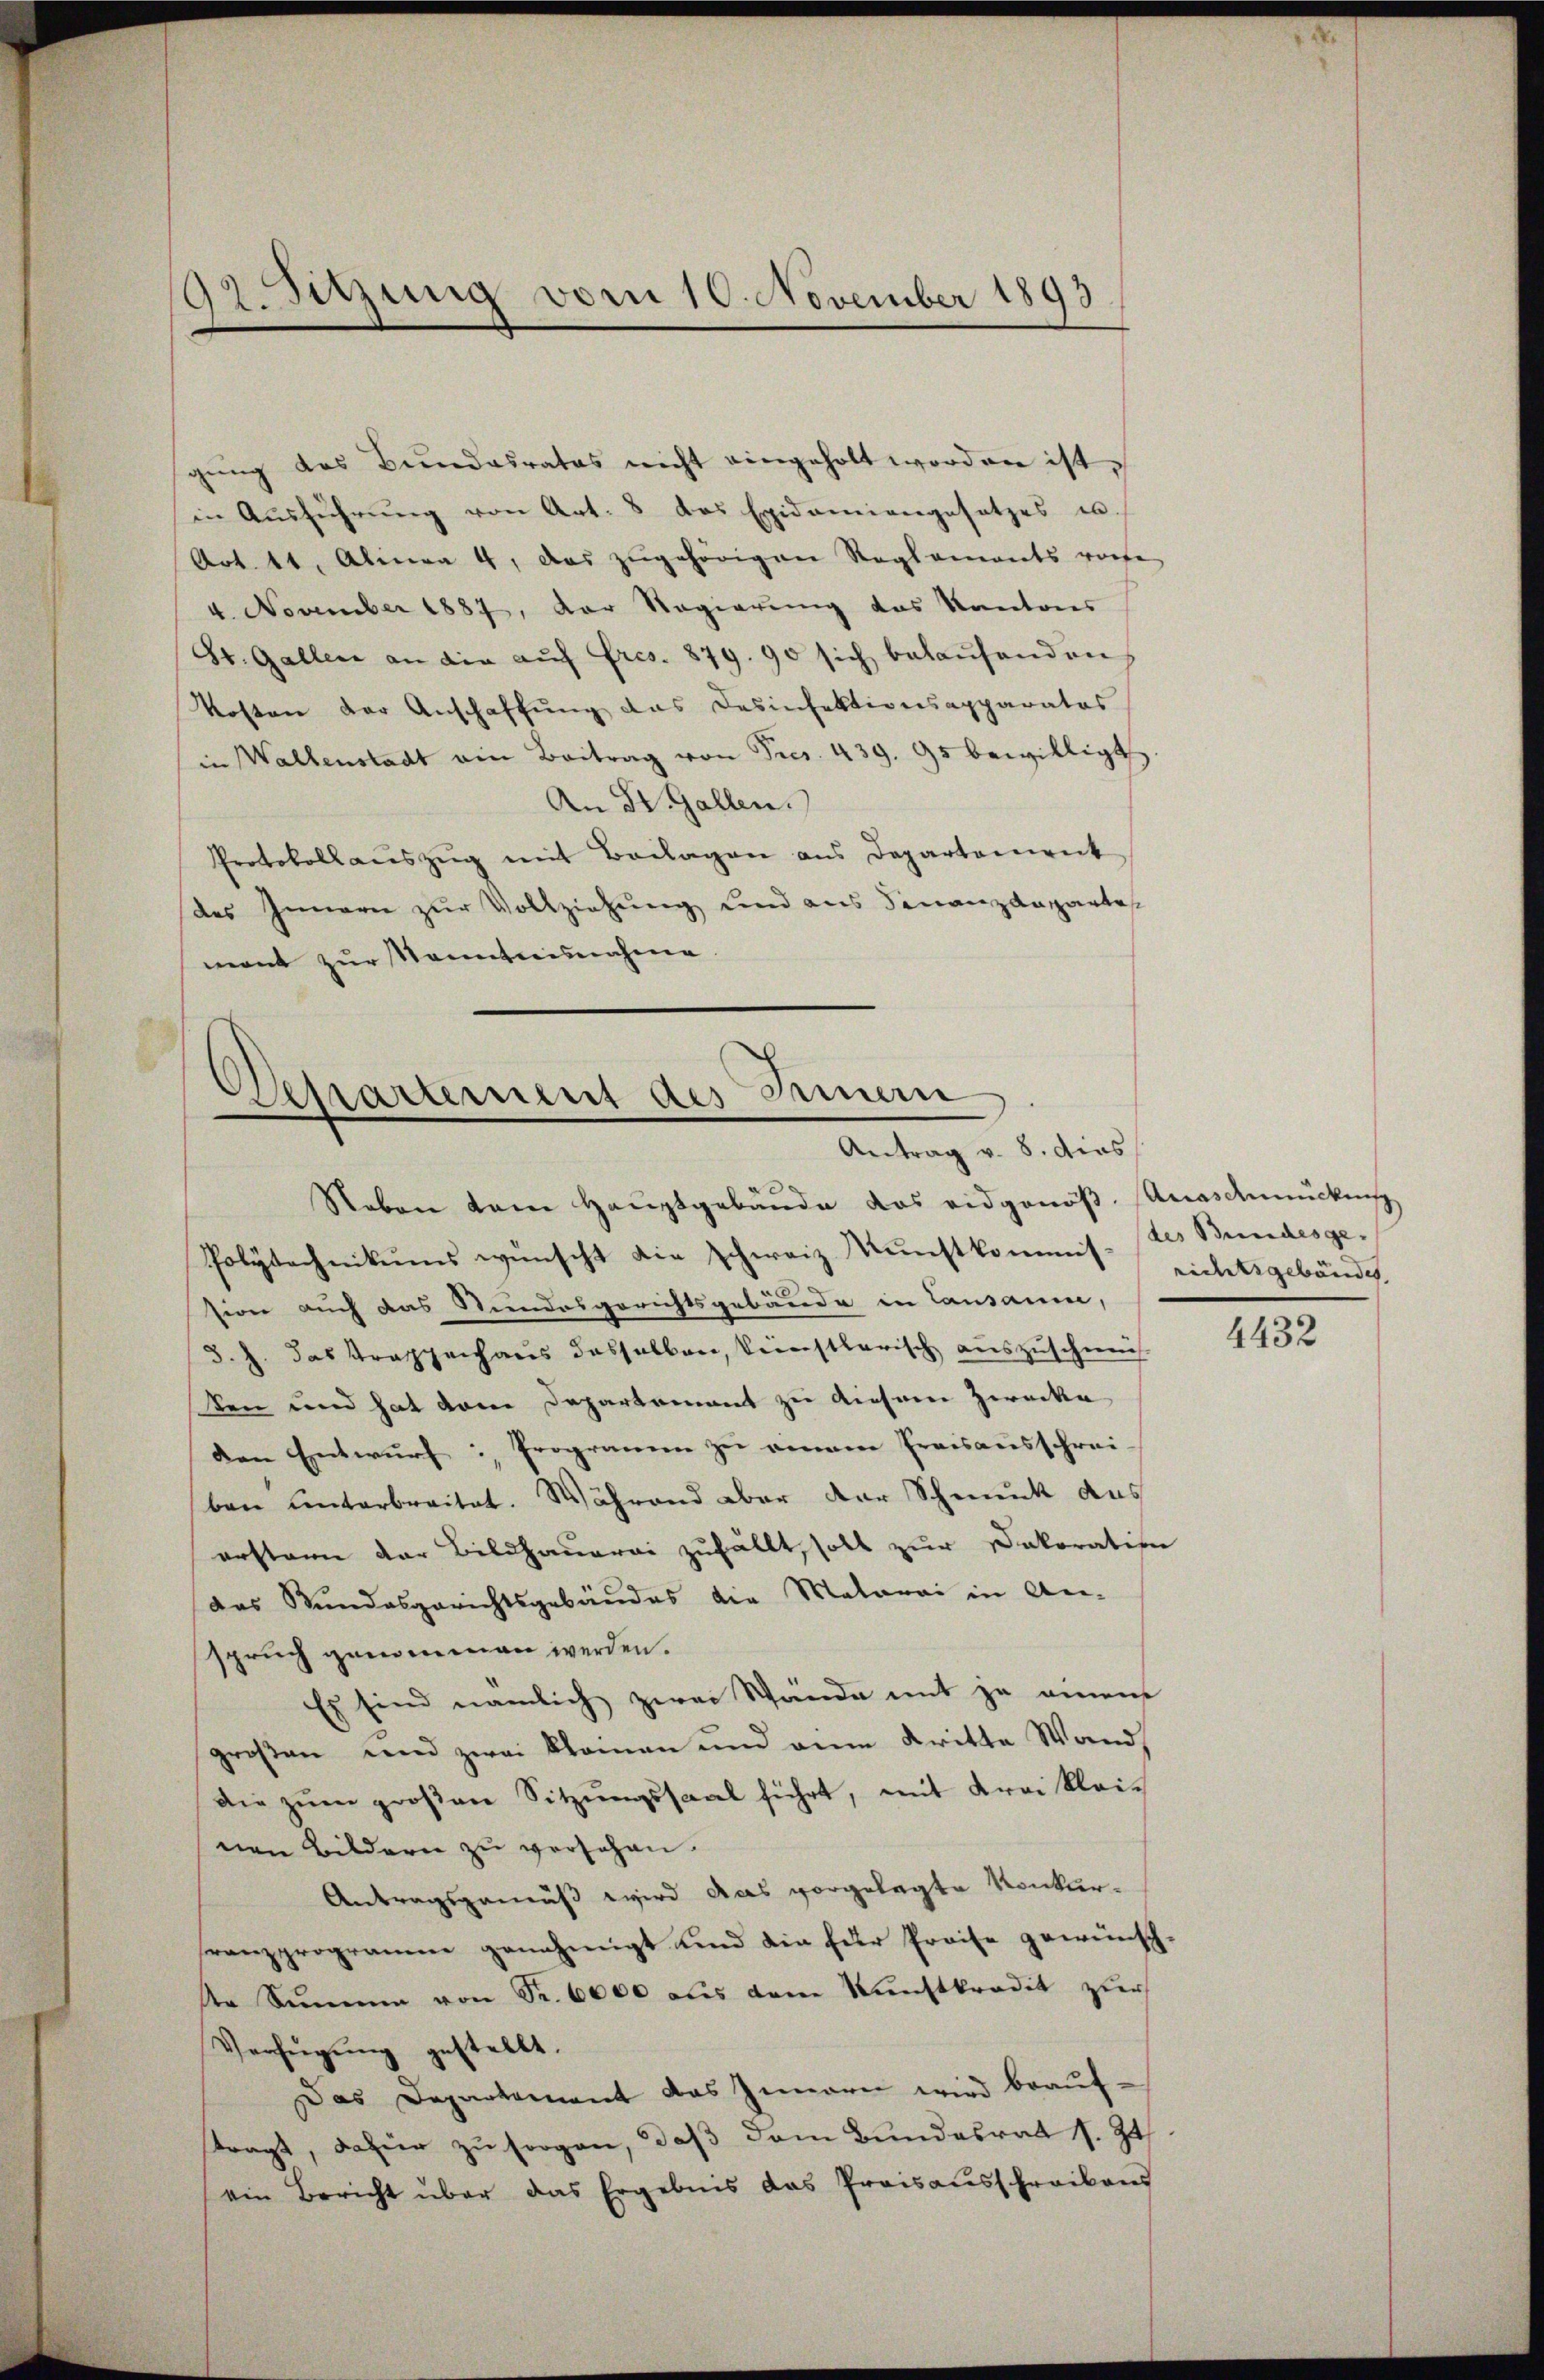
gŭng des Bundesrates nicht eingeholt worden ist,
in Ausführung von Art. 8 das Exidamiangesetzes u.
Art. 11. Alinea 4, das zugehörigen Reglements vorte
4. November 1887, der Regierung das Kantons
St. Gallen an die aŭf Fres. 879. 90 sich belaŭfenden
Kosten der Anschaffung das Desinfektionsapparatos
in Wallenstadt ain Beitrag von Fres. 439. 95 bewilligt
An St. Gallen.
Protokollauszug mit Beilagen aus Departenweck
des Innern zur Vollziehung und aus Finanzdepartes
mont zur Sonntnisnahme

52. Setzung vom 10. November 1893

Departement des Seinern
Antrag v. 8. dies
d

Neben kam Hauptgebäude das eidgenöß. Anaschmückung
Polytechnikums wünscht die schweiz. Kunstkommt nichtsgebäude.
sion auch das Stundesgerichtsgebäude in Lausaum,
8. J. das Trappenhaus desselben, keinstlerisch auszuschne
ken und hat dem Departement zu diesem Zwecke
den Entwurf: Programm zu einem Preisausschrei-
ben unterbreitet. Während aber der Schmuck aus
erstern der Bildhauerei zufällt, soll zur Dekoration
das Bundesgerichtsgebäudes die Malorai in An-
spruch genommen werden.
Es sind nämlich zwei Wände mit je einem
großen und zwei kleinen und ain Kritte Wands
Die zum großen Sitzungssaal führt, mit Krei kleinen Bildern zu versehen.
Antragsgemäß wird das vorgelegte Konkurfranzprogramm genehmigt und die für Preise gewünsch-
Dr Summe von Sr. 6000 aus dem Kunstkredit zur
Verfügŭng gestellt.
Das Departement das Zimern wird beauftragt, dafür zu sorgen, daß dem Bundesrat s. Zt
ein Bericht über das Ergebnis das Preisausschreibens

des Bundesge-

4432